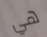
هي